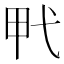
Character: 𰐍